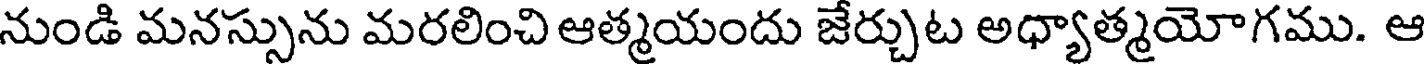
నుండి మనస్సును మరలించి ఆత్మయందు జేర్చుట అధ్యాత్మయోగము. ఆ